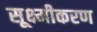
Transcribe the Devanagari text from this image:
सूक्ष्मीकरण